Lunatic asylums Bombay report 1891-1903 - 1891-1903
Year: 1891
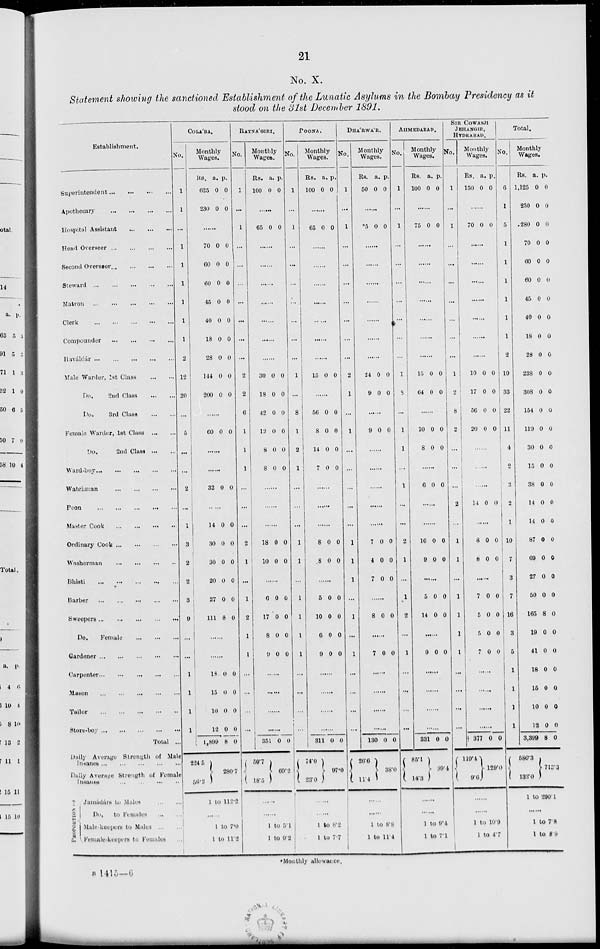
21
No. X.
Statement showing the sanctioned Establishment of the Lunatic Asylums in the Bombay Presidency as it
stood on the 31st December 1891.
Establishment.
Superintendent
...
...
...
...
Apothecary
...
...
...
...
Hospital Assistant ... ... ...
Heart Overseer ... ... ... ...
Second Overseer
...
...
...
...
Steward
...
...
...
...
...
Matron ... ... ... ... ...
Clerk
...
...
...
...
...
Compounder
...
...
...
...
Haváldár ... ... ... ... ...
Male Warder, 1st Class
...
...
Do.
2nd Class
...
...
Do.
3rd Class
...
...
Female Warder, 1st Class
...
...
Do.
2nd Class
...
...
Ward-boy
...
...
...
...
...
Watchman
...
...
...
...
Peon
...
...
...
...
...
Master Cook
...
...
...
...
Ordinary Cook
...
...
...
...
Washerman
...
...
...
...
Bhisti ... ... ... ... ...
Barber
...
...
...
...
...
Sweepers
...
...
...
...
...
Do.
Female
...
...
...
Gardener
...
...
...
...
...
Carpenter ... ... ... ... ...
Mason
...
...
...
...
...
Tailor
...
...
...
...
...
Store-boy ...
...
...
...
...
Total ..
Daily Average Strength of Male
Insanes
...
...
...
...
...
Daily Average Strength of Female
Insanes
...
...
...
...
PROPORTION OF
Jamádárs
to
Males ... ...
Do.
to Females
...
...
Male-keepers to Males ... ...
Female-keepers to Females ...
COLÁBA.
No.
1
1
...
1
1
1
1
1
1
2
12
20
...
5
...
...
2
...
1
3
2
2
3
9
...
...
1
1
1
1
Monthly
Wages.
Rs.
625
230
a.
0
0
p.
0
0
......
70
60
60
45
40
18
28
144
200
0
0
0
0
0
0
0
0
0
0
0
0
0
0
0
0
0
0
......
60 0 0
......
......
32 0 0
14
30
30
20
27
111
0
0
0
0
0
8
0
0
0
0
0
0
......
......
18
15
10
12
1,899
224.5
56.2
0
0
0
0
8
0
0
0
0
0
280.7
1 to 112.2
......
1 to 7.0
1 to 11.2
RATNÁGIRI.
No.
1
...
1
...
...
...
...
...
...
...
2
2
6
1
1
1
...
...
...
2
1
...
1
2
1
1
...
...
...
...
Monthly
Wages.
Rs.
100
a.
0
p.
0
......
65 0 0
......
......
......
......
......
......
......
30
18
42
12
8
8
0
0
0
0
0
0
0
0
0
0
0
0
......
......
......
18
10
0
0
0
0
......
6
17
8
9
0
0
0
0
0
0
0
0
......
......
......
......
351
50.7
18.5
0 0
69.2
......
......
1 to 5.1
1 to 9.2
POONA.
No.
1
...
1
...
...
...
...
...
...
...
1
...
8
1
2
1
...
...
...
1
1
...
1
1
1
1
...
...
...
...
Monthly
Wages.
Rs.
100
a.
0
p.
0
......
65 0 0
......
......
......
......
......
......
15 0 0
......
56
8
14
7
0
0
0
0
0
0
0
0
......
......
......
8
8
0
0
0
0
......
5
10
6
9
0
0
0
0
0
0
0
0
......
......
......
......
311
74.0
23.0
0 0
97.0
......
......
1 to 8.2
1 to 7.7
DHÁRWÁR.
No.
1
...
1
...
...
...
...
...
...
...
2
1
...
1
...
...
...
...
...
1
1
1
...
1
...
1
...
...
...
...
Monthly
Wages.
Rs.
50
a.
0
p.
0
......
*5 0 0
......
......
......
......
......
......
......
24
9
0
0
0
0
......
9 0 0
......
......
......
......
......
7
4
7
0
0
0
0
0
0
......
8 0 0
......
7 0 0
......
......
......
......
130
26.6
11.4
0 0
38.0
......
......
1 to 8.8
1 to 11.4
AHMEDABAD.
No.
1
...
1
...
...
...
...
...
...
...
1
8
...
1
1
...
1
...
...
2
1
...
1
2
...
1
...
...
...
...
Monthly
Wages.
Rs.
100
a.
0
p.
0
......
75 0 0
......
......
......
......
......
......
......
15
64
0
0
0
0
......
10
8
0
0
0
0
......
6 0 0
......
16
9
0
0
0
0
......
5
14
0
0
0
0
......
9 0 0
......
......
......
......
331
85.1
14.3
0 0
99.4
......
......
1 to 9.4
1 to 7.1
SIR COWASJI
JEHANGIR,
HYDRABAD.
No.
1
...
1
...
...
...
...
...
...
...
1
2
8
2
...
...
...
2
...
1
1
...
1
1
1
1
...
...
...
...
Monthly
Wages.
Rs.
150
a.
0
p.
0
......
70 0 0
......
......
......
......
......
......
......
10
17
56
20
0
0
0
0
0
0
0
0
......
......
......
14 0 0
......
8
8
0
0
0
0
......
7
5
5
7
0
0
0
0
0
0
0
0
......
......
......
......
377
119.4
9.6
0 0
129.0
......
......
1 to 10.9
1 to 4.7
Total.
No.
6
1
5
1
1
1
1
1
...
2
19
33
22
11
4
2
3
2
1
10
7
3
7
16
3
5
1
1
1
1
Monthly
Wages.
Rs.
1,125
230
280
70
60
60
45
40
18
28
238
308
154
119
30
15
38
14
14
87
69
27
50
165
19
41
18
15
10
12
3,399
580.3
133.0
a.
0
0
0
0
0
0
0
0
0
0
0
0
0
0
0
0
0
0
0
0
0
0
0
8
0
0
0
0
0
0
8
p.
0
0
0
0
0
0
0
0
0
0
0
0
0
0
0
0
0
0
0
0
0
0
0
0
0
0
0
0
0
0
0
713.3
1 to 290.1
......
1 to 7.8
1 to 8.9
*Monthly allowance.
B 1415—6